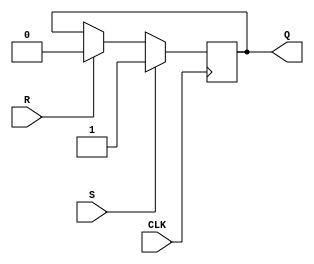
module sr_flipflop(
    input wire S, // Set signal
    input wire R, // Reset signal
    input wire CLK, // Clock signal
    output reg Q // Output signal
);

always @(posedge CLK) begin
    if (S) begin
        Q <= 1; // Set output to 1
    end else if (R) begin
        Q <= 0; // Reset output to 0
    end
end

endmodule